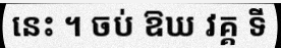
នេះ ។ ចប់ ឱឃ វគ្គ ទី